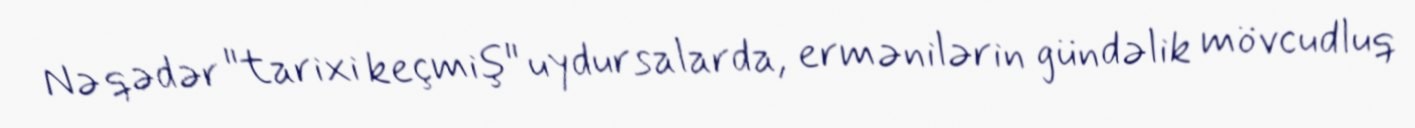
Nə qədər "tarixi keçmiş" uydursalarda, ermənilərin gündəlik mövcudluq